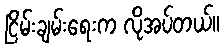
ငြိမ်းချမ်းရေးက လိုအပ်တယ်။